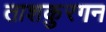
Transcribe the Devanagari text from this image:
ताशकुरगन